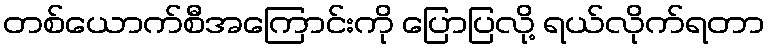
တစ်ယောက်စီအကြောင်းကို ပြောပြလို့ ရယ်လိုက်ရတာ